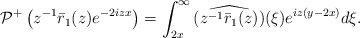
\begin{align*}\begin{aligned}\mathcal{P}^{+}\left(z^{-1}\bar{r}_1(z) e^{-2 i z x}\right)&=\int_{2x}^{\infty}\widehat{ (z^{-1}\bar{r}_1(z))}(\xi) e^{iz(y-2x) } d\xi.\end{aligned}\end{align*}